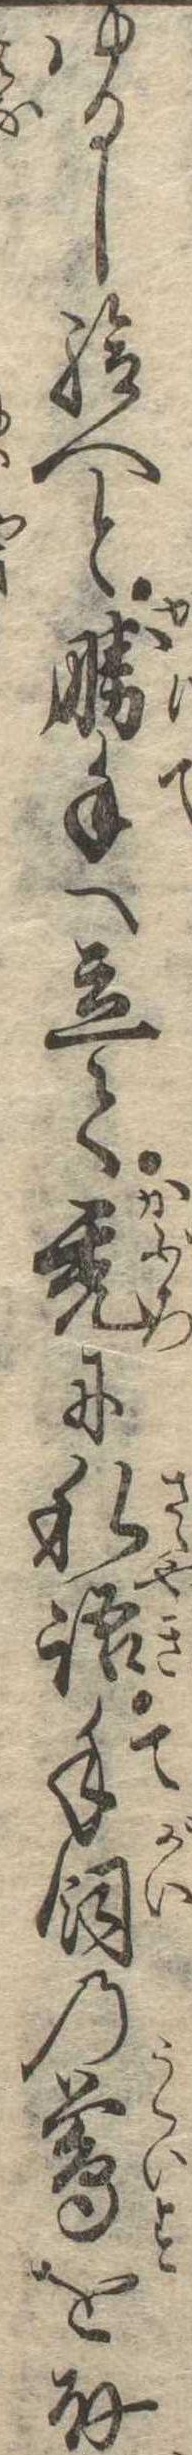
ゆるし給へと勝手へ立て禿に私語手飼の鴬を取